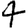
Digit: 4